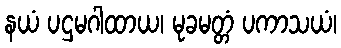
နယံ ပဌမဂါထာယ၊ မုခမတ္တံ ပကာသယံ၊